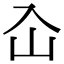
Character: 屳